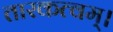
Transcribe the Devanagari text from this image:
तारकत्वम्।